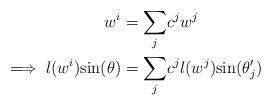
LaTeX: \begin{align*} w^i &= \underset{j} \sum c^jw^j\\ \implies l(w^i)\mathrm{sin}(\theta) &= \underset{j} \sum c^j l(w^j)\mathrm{sin}(\theta_j')\end{align*}